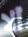
ألا